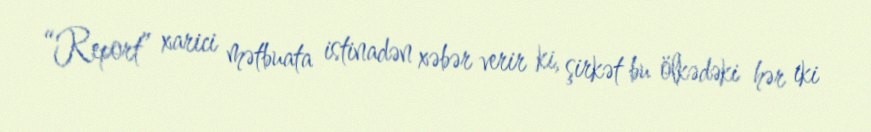
“Report” xarici mətbuata istinadən xəbər verir ki, şirkət bu ölkədəki hər iki